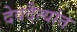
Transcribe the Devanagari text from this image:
देवदैत्यांत